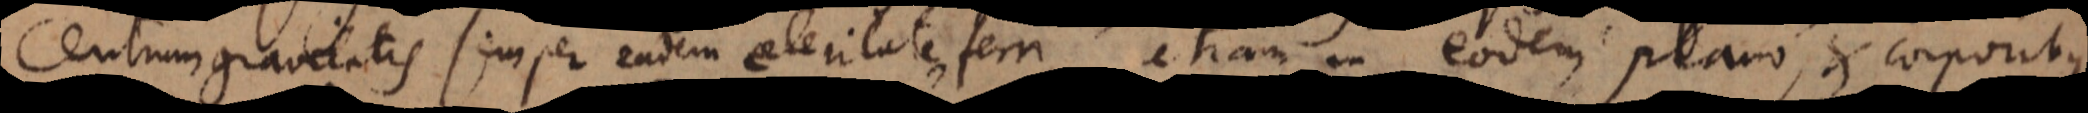
centrum gravitatis semper eadem celeritate ferri, etiam in eodem plano, et corporibus